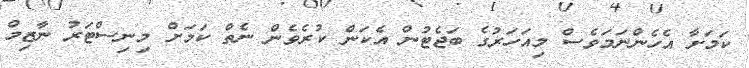
ކަމަށާ އެހެންނަމަވެސް މިއަހަރުގެ ބަޖެޓުން އެކަން ކުރެވެން ނެތް ކަމަށް މިނިސްޓަރު ނާޒިމް